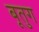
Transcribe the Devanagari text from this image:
बूतुग